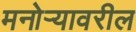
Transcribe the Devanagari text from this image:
मनोऱ्यावरील